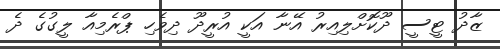
ޒާދު ޓީސީ ދޫކޮށްލިއިރު އޭނާ އަކީ އުރީދޫ ދިވެހި ޕްރެމިއާ ލީގުގެ ދެ